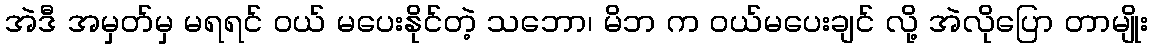
အဲဒီ အမှတ်မှ မရရင် ဝယ် မပေးနိုင်တဲ့ သဘော၊ မိဘ က ဝယ်မပေးချင် လို့ အဲလိုပြော တာမျိုး